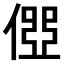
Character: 𠍄